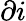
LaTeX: \partial i